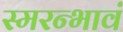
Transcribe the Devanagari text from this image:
स्मरन्भावं